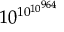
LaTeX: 1 0 ^ { 1 0 ^ { 1 0 ^ { 9 6 4 } } }